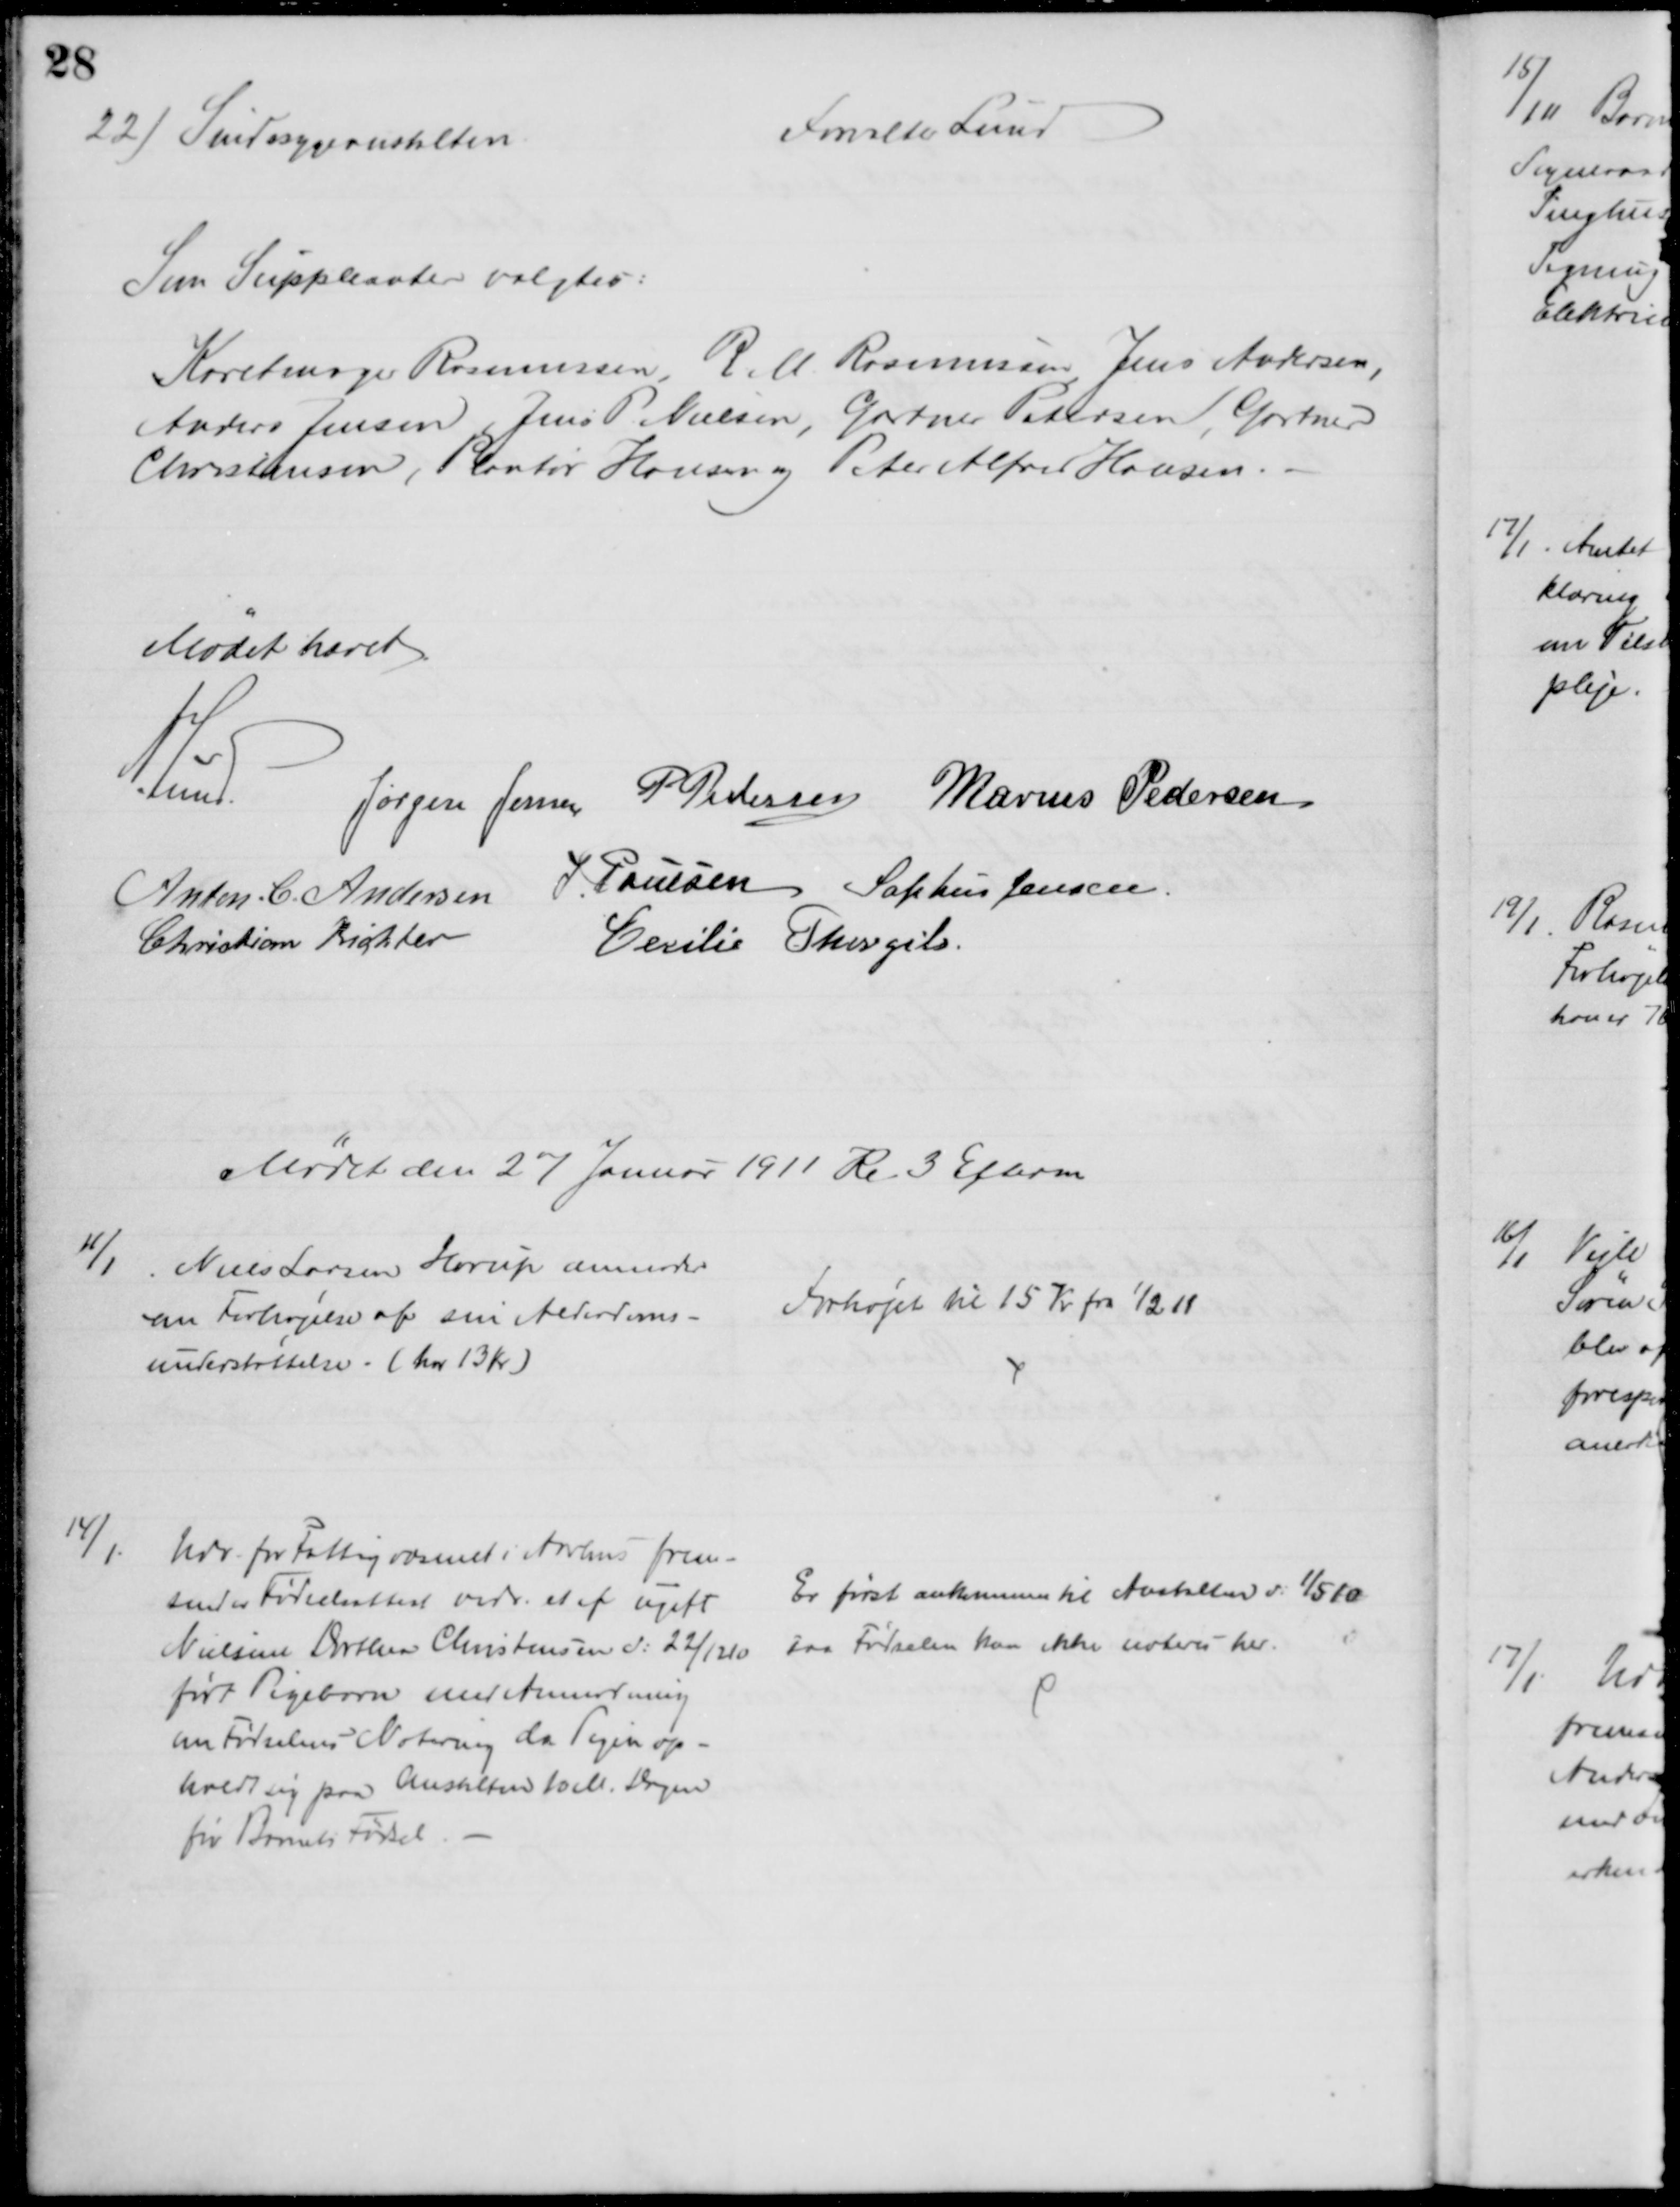
Transskription:
22) Sindssygeanstalten
Forvalter Lund
Som Suppleanter valgtes:
Karetmager Rasmussen R. M. Rasmussen Jens Andersen,
Anders Jensen Jens P. Nielsen, Gartner Petersen, Gartner
Christensen, Plantør Hansen og Peter Alfred Hansen.
Mødet hævet
A. Lund.
Jørgen Jensen
P Pedersen Marius Pedersen
Anton C. Andersen
J Poulsen Sophus Jensen
Christian Richter
Cecilie Thorgils.
Mødet den 27 Januar 1911 Kl. 3 Efterm
11/1
Niels Larsen Horup anmoder
om Forhøjelse af sin Alderdoms-
understøttelse. (har 13 Kr.)
Forhøjet til 15 Kr fra 1/2 11
14/1
Udv. for Fattigvæsenet i Aarhus frem-
sender Fødselsattest vedr. et af ugift
Nielsine Dorthea Christensen d: 22/12 10
født Pigebarn med Anmodning
om Fødselens Notering da Pigen op-
holdt sig paa Anstalten 10 M. Dagen
før Barnets Fødsel.
Er først ankommen til Anstalten d. 1/5 10
saa Fødselen kan ikke noteres her.